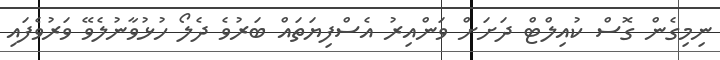
ނިމިގެން ގޮސް ކުއިލްޓް ދަށަށް ވަންއިރު އެސްފިޔަތައް ބަރުވެ ދެލޯ ހުޅުވާނުލެވޭ ވަރުވެފައި